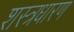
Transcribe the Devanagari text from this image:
शस्त्रधारण